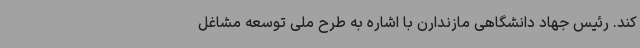
کند. رئیس جهاد دانشگاهی مازندارن با اشاره به طرح ملی توسعه مشاغل